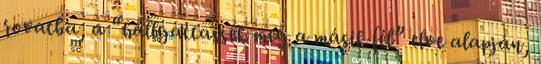
rovatba, a “hallgattassék meg a másik fél” elve alapján,